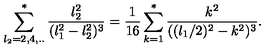
\sum _ { l _ { 2 } = 2 , 4 , . . } ^ { * } { \frac { l _ { 2 } ^ { 2 } } { ( l _ { 1 } ^ { 2 } - l _ { 2 } ^ { 2 } ) ^ { 3 } } } = { \frac { 1 } { 1 6 } } \sum _ { k = 1 } ^ { * } { \frac { k ^ { 2 } } { ( ( l _ { 1 } / 2 ) ^ { 2 } - k ^ { 2 } ) ^ { 3 } } } .